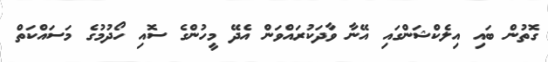
ގޮތުން ބައި އިލެކްޝަންގައި އޭނާ ވާދަކުރައްވަން އެދޭ މީހުންގެ ސޮއި ހޯދުމުގެ މަސައްކަތް